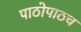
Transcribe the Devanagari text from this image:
पाठोपाठच